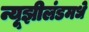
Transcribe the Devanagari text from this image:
न्यूझीलंडमधे